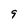
Character: 9